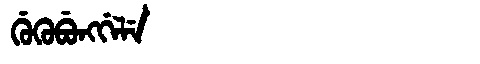
Manchu: ᡤᡠᡴᡠᠪᡠᠩᡤᡝᠯᡝ
Romanization: GUKUBUNGGELE